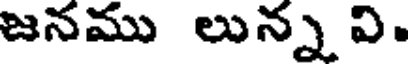
జనము లున్న వి.